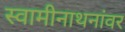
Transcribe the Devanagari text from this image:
स्वामीनाथनांवर